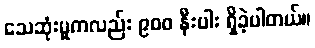
သေဆုံးမှုကလည်း ၉၀၀ နီးပါး ရှိခဲ့ပါတယ်။